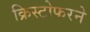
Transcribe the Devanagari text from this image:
क्रिस्टोफरने